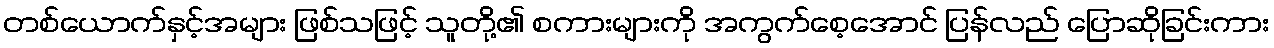
တစ်ယောက်နှင့်အများ ဖြစ်သဖြင့် သူတို့၏ စကားများကို အကွက်စေ့အောင် ပြန်လည် ပြောဆိုခြင်းကား